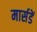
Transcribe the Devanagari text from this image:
मार्सडें